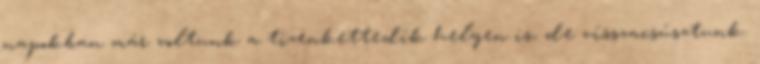
napokban már voltunk a tizenkettedik helyen is, de visszacsúsztunk.